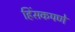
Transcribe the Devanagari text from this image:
हिंसकपणे